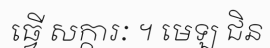
ធ្វើ សក្ការៈ ។ មេឡ ជិន